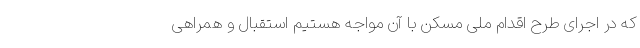
که در اجرای طرح اقدام ملی مسکن با آن مواجه هستیم استقبال و همراهی